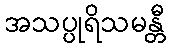
အသပ္ပုရိသမန္တီ